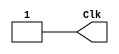
`timescale 1ns/1ns

module Clock_100(Clk);

output reg Clk;

initial begin
	Clk = 1'b1;
end

always begin
	#50 Clk = 1'b0;
	#50 Clk = 1'b1;
end
endmodule